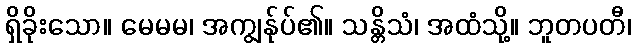
ရှိခိုးသော။ မေမမ၊ အကျွန်ုပ်၏။ သန္တိသံ၊ အထံသို့။ ဘူတပတီ၊